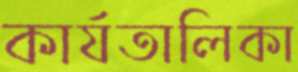
কার্যতালিকা